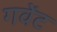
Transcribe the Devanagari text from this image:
गवेंट